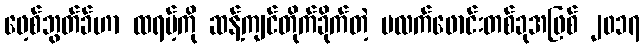
ဖေ့စ်ဘွတ်ခ်ဟာ ထရမ့်ကို ဆန့်ကျင်တိုက်ခိုက်တဲ့ ပလက်ဖောင်းတစ်ခုအဖြစ် ၂၀၁၇